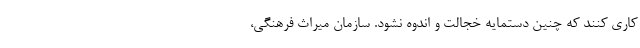
کاری کنند که چنین دستمایه خجالت و اندوه نشود. سازمان میراث‌ فرهنگی،